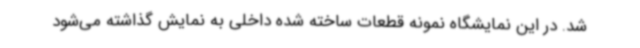
شد. در این نمایشگاه نمونه قطعات ساخته شده داخلی به نمایش گذاشته می‌شود